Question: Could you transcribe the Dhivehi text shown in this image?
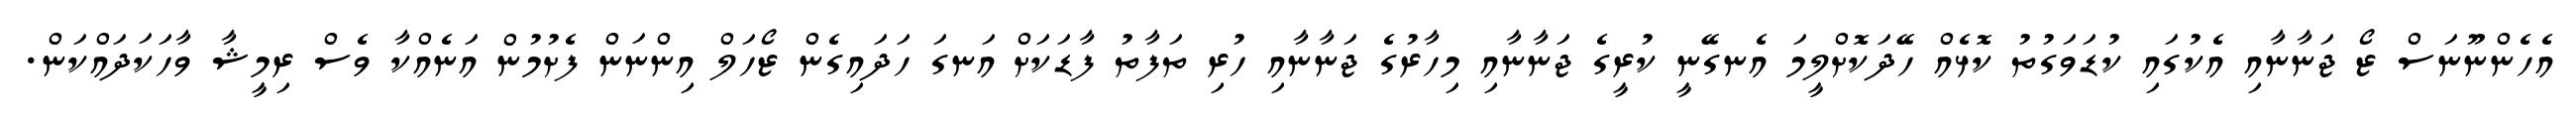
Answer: އެހެންނޫނަސް ޒޯ ޖަނާނާއި އެކުގައި ކުޑަވަގުތު ކޮޅެއް ހޭދަކޮށްލީމަ އެނގޭނީ ކުރީގެ ޖަނާނާއި މިހާރުގެ ޖަނާނާއި ހުރި ތަފާތު ފާޑަކަށް އަނގަ ހަދައިގެން ޒޯހަލް އިންނަން ފެށުމުން އަނެއްކާ ވެސް ރިމީޝާ ވާހަކަދައްކަން.